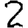
Digit: 2